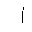
Letter: _alif